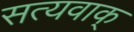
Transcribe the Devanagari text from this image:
सत्यवाक्‌